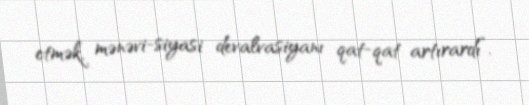
etmək, mənəvi-siyasi devalvasiyanı qat-qat artırardı”.